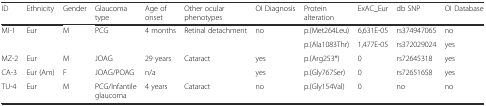
<table><thead><tr><td><b>ID</b></td><td><b>Ethnicity</b></td><td><b>Gender</b></td><td><b>Glaucoma type</b></td><td><b>Age of onset</b></td><td><b>Other ocular phenotypes</b></td><td><b>OI Diagnosis</b></td><td><b>Protein alteration</b></td><td><b>ExAC_Eur</b></td><td><b>db SNP</b></td><td><b>OI Database</b></td></tr></thead><tbody><tr><td>MI-1</td><td>Eur</td><td>M</td><td>PCG</td><td>4 months</td><td>Retinal detachment</td><td>no</td><td>p.(Met264Leu)</td><td>6,631E-05</td><td>rs374947065</td><td>no</td></tr><tr><td></td><td></td><td></td><td></td><td></td><td></td><td></td><td>p.(Ala1083Thr)</td><td>1,477E-05</td><td>rs372029024</td><td>yes</td></tr><tr><td>MZ-2</td><td>Eur</td><td>M</td><td>JOAG</td><td>29 years</td><td>Cataract</td><td>yes</td><td>p.(Arg253*)</td><td>0</td><td>rs72645318</td><td>yes</td></tr><tr><td>CA-3</td><td>Eur (Am)</td><td>F</td><td>JOAG/POAG</td><td>n/a</td><td></td><td>yes</td><td>p.(Gly767Ser)</td><td>0</td><td>rs72651658</td><td>yes</td></tr><tr><td>TU-4</td><td>Eur</td><td>M</td><td>PCG/Infantile glaucoma</td><td>4 years</td><td>Cataract</td><td>no</td><td>p.(Gly154Val)</td><td>0</td><td>no</td><td>no</td></tr></tbody></table>